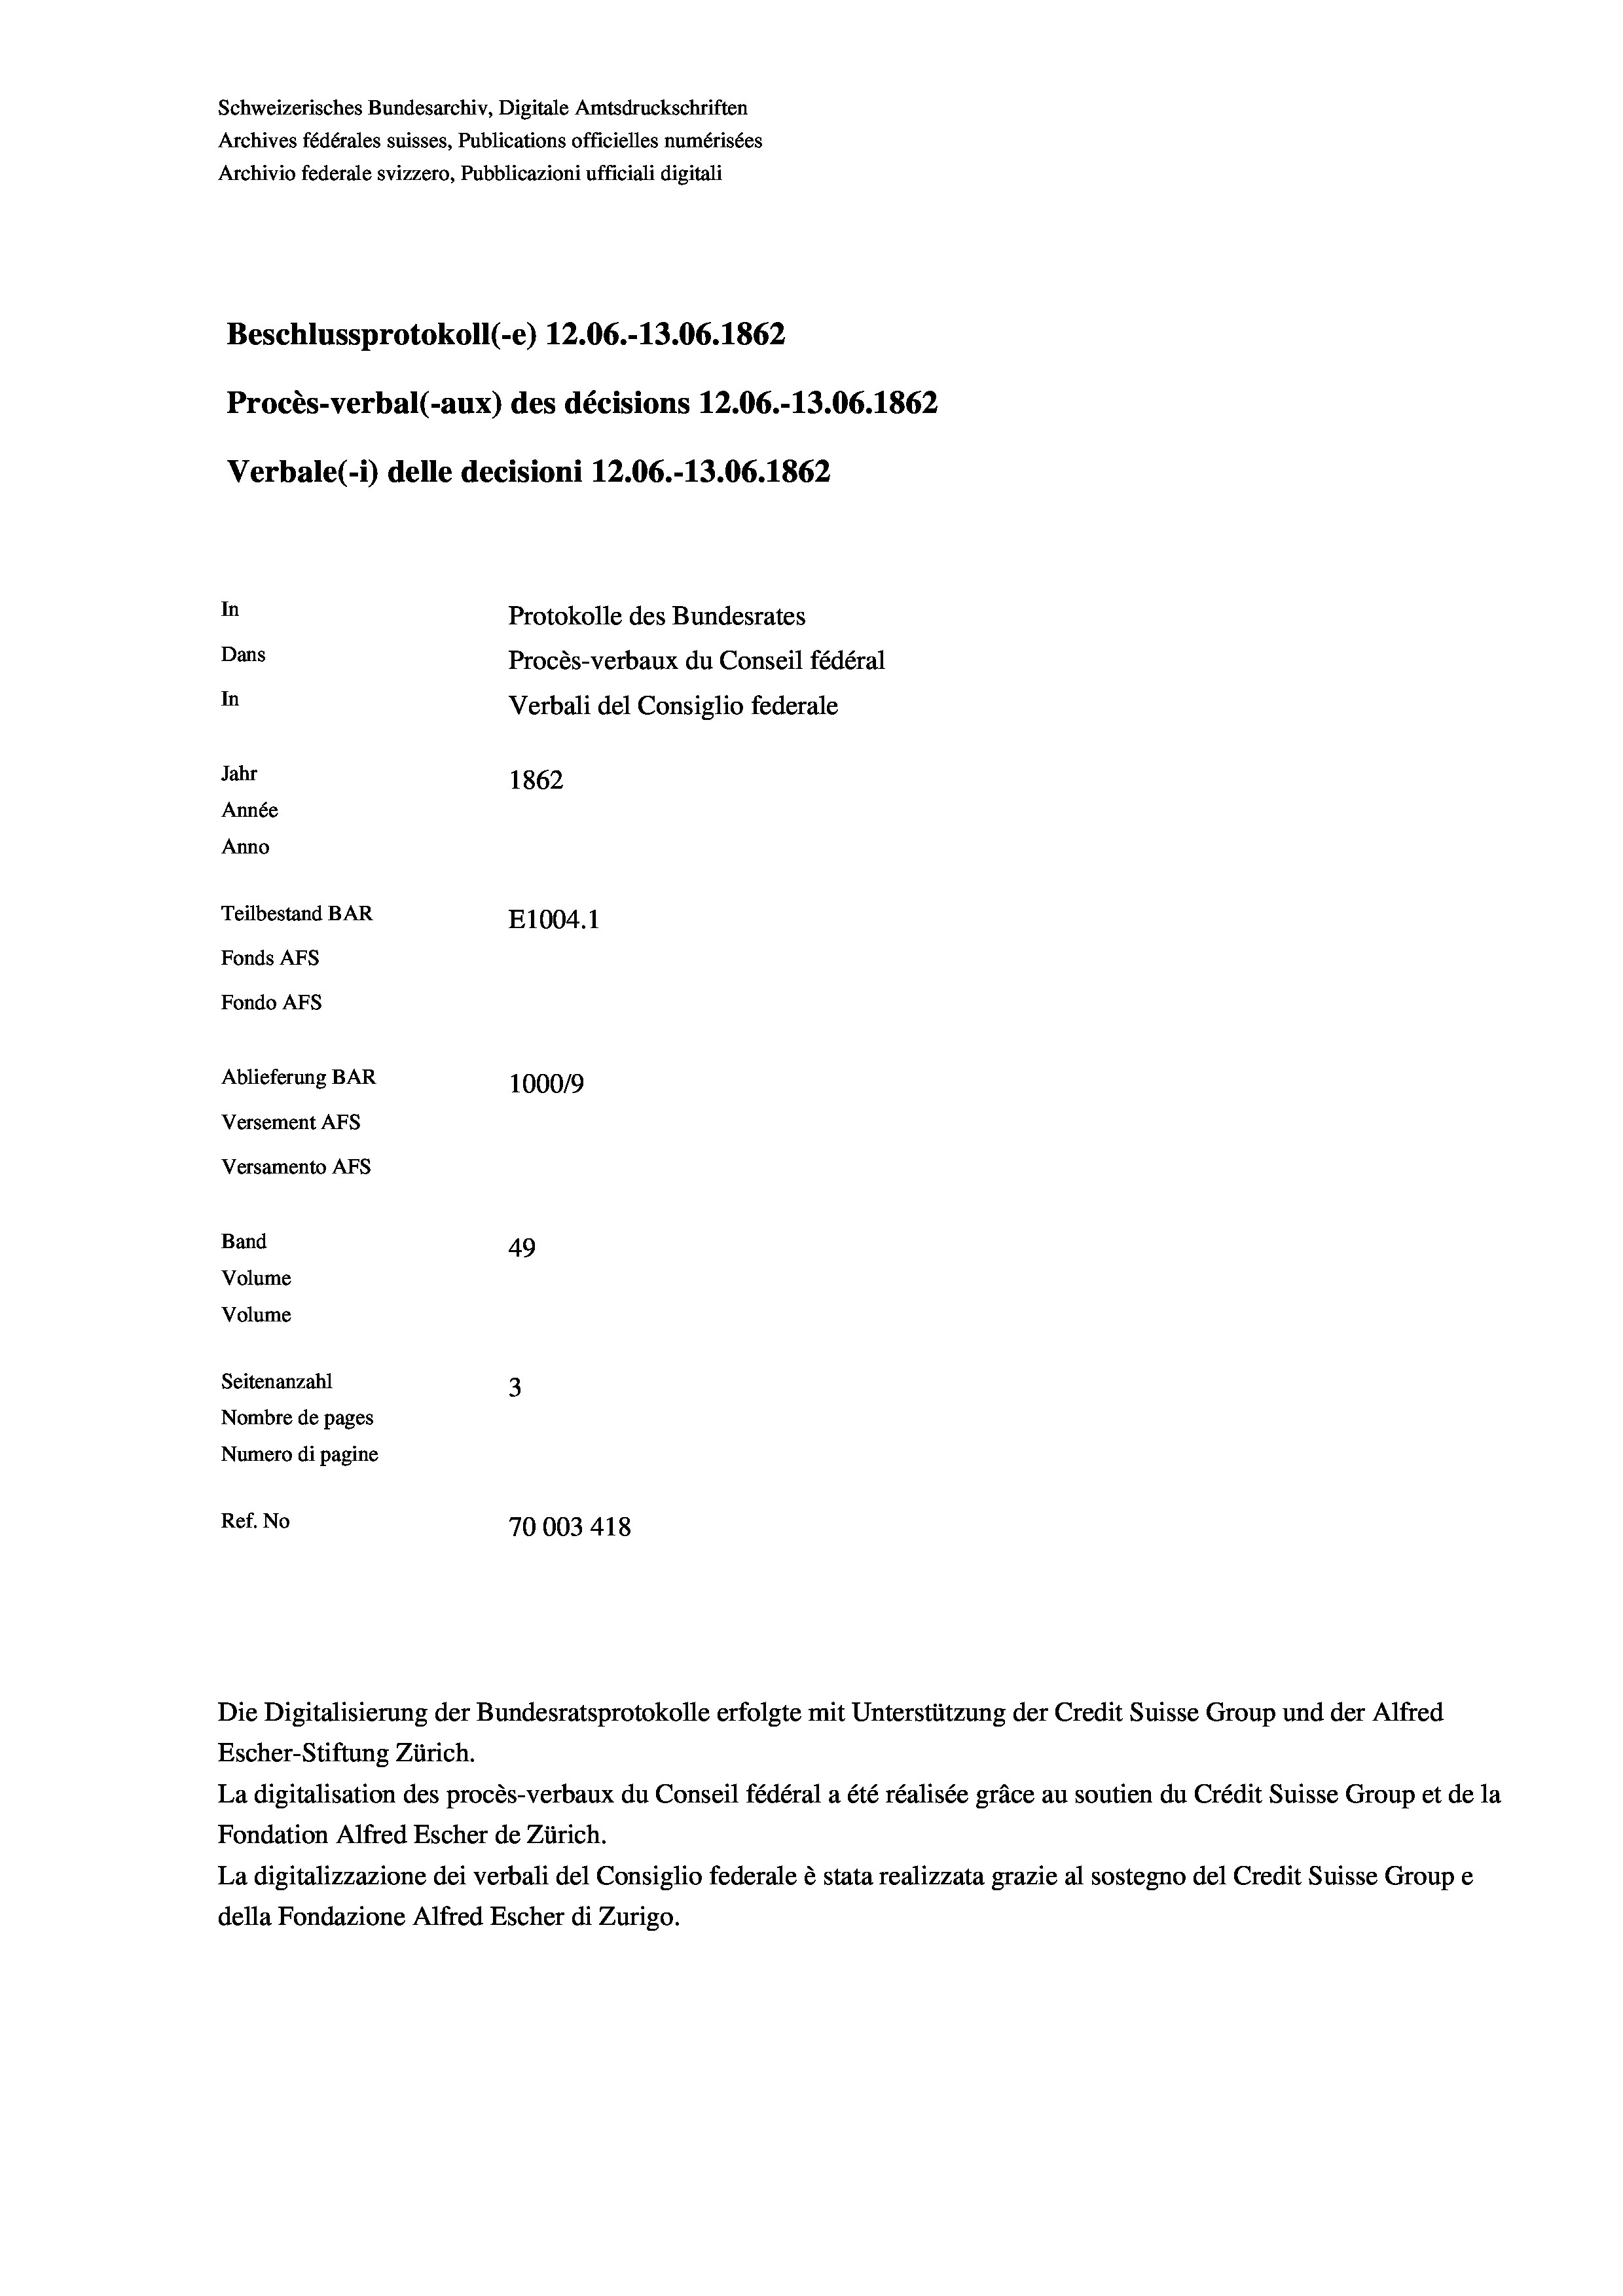
Schweizerisches Bundesarchiv, Digitale Amtsdruckschriften
Archives fédérales suisses, Publications officielles numérisées
Archivio federale svizzero, Pubblicazioni ufficiali digitali
Beschlussprotokoll (-e) 12.06.-13.06. 1862
Procès-verbal (-aux) des décisions 12.06.-13.06. 1862
Verbale(-*) delle decisioni 12.06.-13.06. 1862
In
Protokolle des Bundesrates
Dans
Procès-verbaux du Conseil fédéral
In
Verbali del Consiglio federale
Jahr
1862
Année
Anno
Teilbestand BAR
E1004.1
Fonds AFs
Fondo Afs
Ablieferung BAR
100019
Versement As
Versamento AFs
Band
49
Volume
Volume
Seitenanzahl
3
Nombre de pages
Numero di pagine
Ref. No
70003 418

Escher-Stiftung Zürich.
La digitalisation des procès-verbaux du Conseil fédéral a été réalisée gräce au soutien du Crédit Suisse Group et de la
Fondation Alfred Escher de Zürich.
La digitalizzazione dei verbali del Consiglio federale è stata realizzata grazie al sostegno del Credit Suisse Groupe
della Fondazione Alfred Escher di Zurigo.

Die Digitalisierung der Bundesratsprotokolle erfolgte mit Unterstützung der Credit Suisse Group und der Alfred